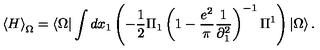
\left\langle H \right\rangle _ { \Omega } = \left\langle \Omega \right| \int { d x _ { 1 } } \left( { - \frac { 1 } { 2 } \Pi _ { 1 } \left( { 1 - \frac { { e ^ { 2 } } } { \pi } \frac { 1 } { { \partial _ { 1 } ^ { 2 } } } } \right) ^ { - 1 } \Pi ^ { 1 } } \right) \left| \Omega \right\rangle .